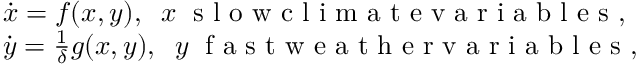
\begin{array} { r l } & { \dot { \boldsymbol { x } } = f ( \boldsymbol { x } , \boldsymbol { y } ) , \; \; \boldsymbol { x } \; \textrm { s l o w c l i m a t e v a r i a b l e s } , } \\ & { \dot { \boldsymbol { y } } = \frac { 1 } { \delta } g ( \boldsymbol { x } , \boldsymbol { y } ) , \; \; \boldsymbol { y } \; \textrm { f a s t w e a t h e r v a r i a b l e s } , } \end{array}